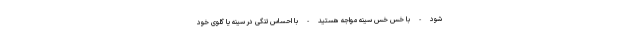
شود - با خس خس سینه مواجه هستید - با احساس تنگی در سینه یا گلوی خود